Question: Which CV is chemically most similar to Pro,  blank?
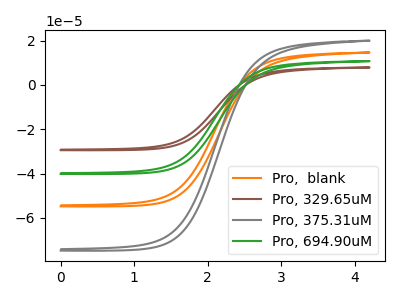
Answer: <think>The orange curve "Pro,  blank" has no peaks. The brown curve "Pro, 329.65uM" has no peaks. The gray curve "Pro, 375.31uM" has no peaks. The green curve "Pro, 694.90uM" has no peaks.
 Neither "Pro,  blank" or "Pro, 329.65uM" have any peaks. Neither "Pro,  blank" or "Pro, 375.31uM" have any peaks. Neither "Pro,  blank" or "Pro, 694.90uM" have any peaks. Neither "Pro, 329.65uM" or "Pro, 375.31uM" have any peaks. Neither "Pro, 329.65uM" or "Pro, 694.90uM" have any peaks. Neither "Pro, 375.31uM" or "Pro, 694.90uM" have any peaks.</think>
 <answer>"Pro,  blank", "Pro, 329.65uM" and "Pro, 694.90uM" have a similar shape to "Pro, 375.31uM".</answer>
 <eval>"Pro,  blank" "Pro, 329.65uM" "Pro, 694.90uM"</eval>